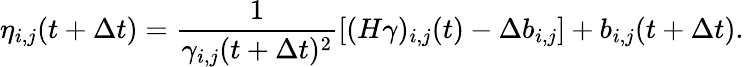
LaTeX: \eta_{i,j}(t+\Delta t)=\frac{1}{\gamma_{i,j}(t+\Delta t)^{2}}\left[(H\gamma)_{i,j}(t)-\Delta b_{i,j}\right]+b_{i,j}(t+\Delta t).